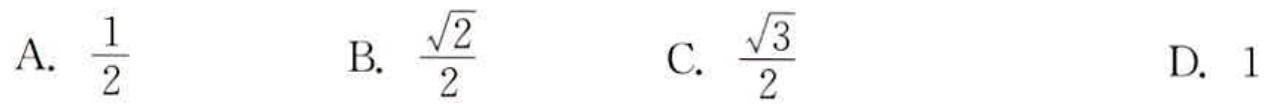
A. $\frac{1}{2}$  B. $\frac{\sqrt{2}}{2}$  C. $\frac{\sqrt{3}}{2}$  D. $1$